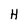
Character: H